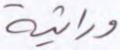
وراثية